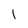
Character: 1